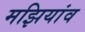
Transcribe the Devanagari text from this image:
मझियांव